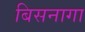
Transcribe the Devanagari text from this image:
बिसनागा